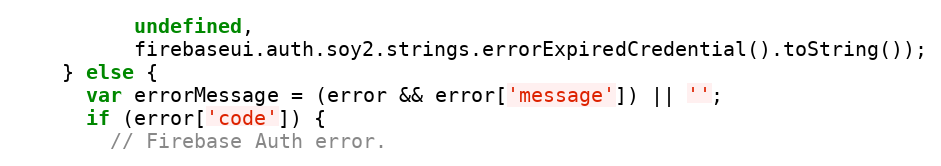
Language: JavaScript
          undefined,
          firebaseui.auth.soy2.strings.errorExpiredCredential().toString());
    } else {
      var errorMessage = (error && error['message']) || '';
      if (error['code']) {
        // Firebase Auth error.